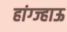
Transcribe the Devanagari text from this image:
हांग्ज्हाऊ